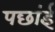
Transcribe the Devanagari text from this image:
पछांई